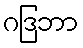
ဂဒြဘာ